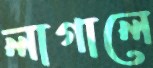
লাগালে